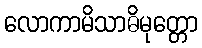
လောကာမိသာဓိမုတ္တော